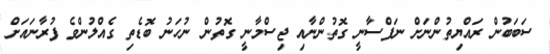
ސަބަބުން ރައްޔިތުންނަށް ނަފްސާނީ ގޮތުންނާއި ޖިސްމާނީ ގޮތުން ނުހަނު ބޮޑެތި ގެއްލުންވެ ފުރާނައަށް